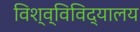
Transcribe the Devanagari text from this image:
विश्व्विविद्यालय